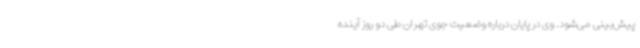
پیش‌بینی می‌شود. وی در پایان درباره وضعیت جوی تهران طی دو روز آینده